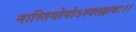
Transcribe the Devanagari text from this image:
नास्तियोगोऽस्वलक्षकः।।